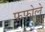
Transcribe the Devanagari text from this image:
फ़फोले